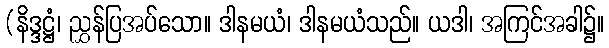
(နိဒ္ဒဋ္ဌံ၊ ညွှန်ပြအပ်သော။ ဒါနမယံ၊ ဒါနမယံသည်။ ယဒါ၊ အကြင်အခါ၌။